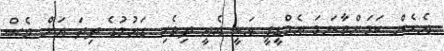
އެހެން ކަމަށްވާނަމަ އެމްޑީޕީ އަކީ އެއީ ދިވެހި ގައުމުގެ ދިދަ އަށް ވެސް